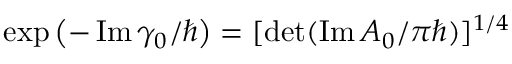
\exp \left( - \operatorname { I m } \gamma _ { 0 } / \hbar \right) = [ \operatorname* { d e t } ( \operatorname { I m } A _ { 0 } / \pi \hbar ) ] ^ { 1 / 4 }